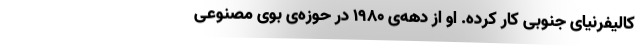
کالیفرنیای جنوبی کار کرده. او از دهه‌ی ۱۹۸۰ در حوزه‌ی بوی مصنوعی